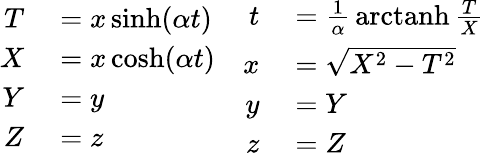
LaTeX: \begin{array}{cc}{{\begin{array}{rl}{T}&{{}=x\sinh(\alpha t)}\\ {X}&{{}=x\cosh(\alpha t)}\\ {Y}&{{}=y}\\ {Z}&{{}=z}\end{array}}}&{{\begin{array}{rl}{t}&{{}={\frac{1}{\alpha}}\operatorname{arctanh}{\frac{T}{X}}}\\ {x}&{{}={\sqrt{X^{2}-T^{2}}}}\\ {y}&{{}=Y}\\ {z}&{{}=Z}\end{array}}}\end{array}